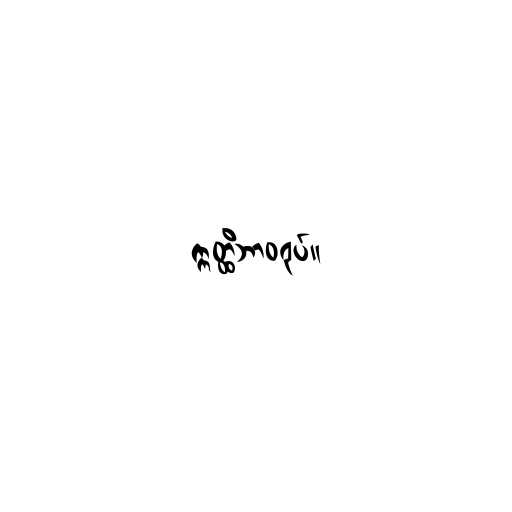
ဣတ္ထိဘာဝရုပ်။